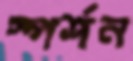
স্পর্শন